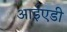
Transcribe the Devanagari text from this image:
आईएडी